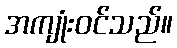
အကျုံးဝင်သည်။